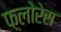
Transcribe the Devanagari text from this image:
फ़्लोरेस